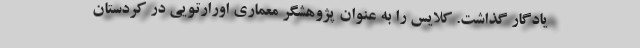
یادگار گذاشت. کلایس را به عنوان پژوهشگر معماری اورارتویی در کردستان